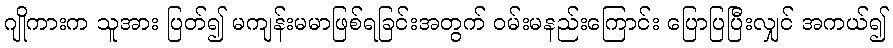
ဂျိုကားက သူအား ပြတ်၍ မကျန်းမမာဖြစ်ရခြင်းအတွက် ဝမ်းမနည်းကြောင်း ပြောပြပြီးလျှင် အကယ်၍